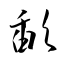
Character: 歃